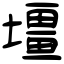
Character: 壃